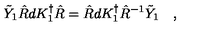
\tilde { Y } _ { 1 } \hat { R } d K _ { 1 } ^ { \dagger } \hat { R } = \hat { R } d K _ { 1 } ^ { \dagger } \hat { R } ^ { - 1 } \tilde { Y } _ { 1 } \quad ,